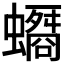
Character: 𧓠